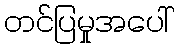
တင်ပြမှုအပေါ်